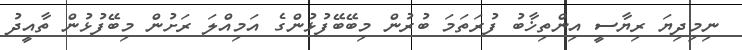
ނިމިދިޔަ ރިޔާސީ އިންތިޚާބު ފުރަތަމަ ބުރުން މިބޭބޭފުޅުންގެ އަމިއްލަ ރަށުން މިބޭފުޅުން ތާއީދު